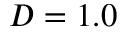
D = 1 . 0